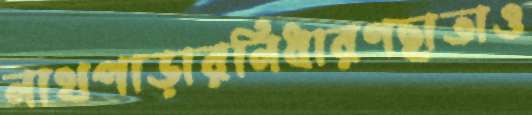
নাথপাড়ারনিধারণছাতাও